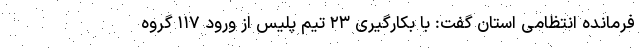
فرمانده انتظامی استان گفت: با بکارگیری ۲۳ تیم پلیس از ورود ۱۱۷ گروه